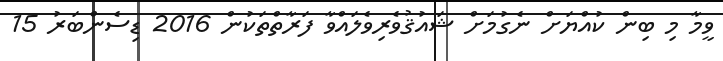
ވީމާ މި ބިން ކުއްޔަށް ނެގުމަށް ޝައުޤުވެރިވެލައްވާ ފަރާތްތަކުން 2016 ޑިސެންބަރު 15